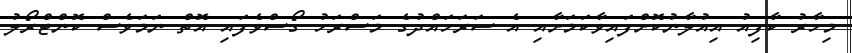
މިހާރު ކާފިއު އިއުލާނުކޮށްފައިވާކަމަށާއި އެ ސަރަހައްދުގެ މަސްރަހު ގޯސްވެފައި އޮތް ނަމަވެސް ކޮންޓްރޯލު